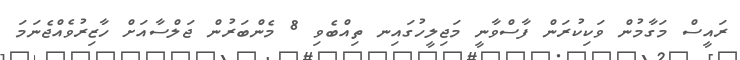
ރައީސް މަގާމުން ވަކިކުރަން ފާސްވާނީ މަޖިލީހުގައިނ ތިއްބެވި 8 މެންބަރުން ޖަލްސާއަށް ހާޒިރުވެއްޖެނަމަ